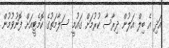
އަދި އެ ބިލް އަލުން ދިރާސާ ކުރުމަށް ގައުމީ ސަލާމަތުގެ ކޮމެޓީއަށް ފޮނުވުމުން